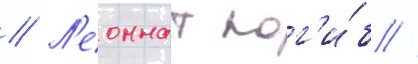
// Л'еоннат пог'и́б //